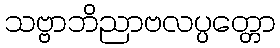
သဗ္ဗာဘိညာဗလပ္ပတ္တော